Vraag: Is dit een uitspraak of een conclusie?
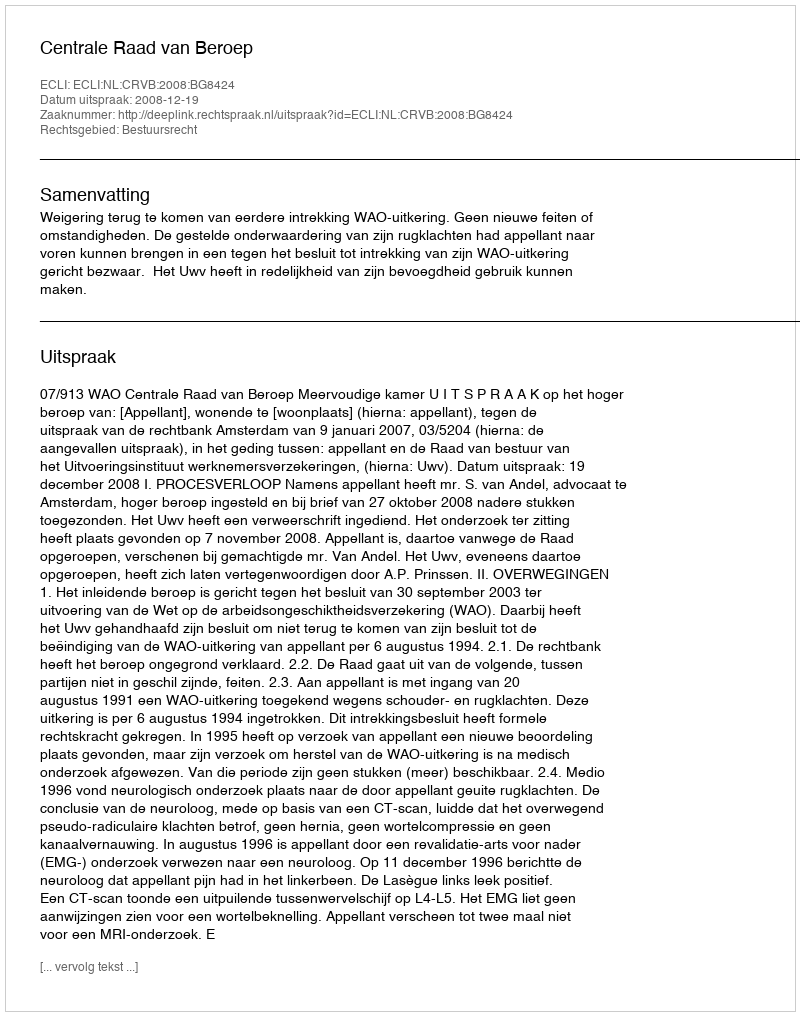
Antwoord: Uitspraak